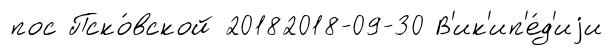
пос Пско́вской 20182018-09-30 В'ик'ип'е́д'иjи